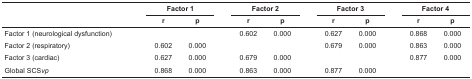
<table><thead><tr><td></td><td colspan="2"><b>Factor 1</b></td><td></td><td colspan="2"><b>Factor 2</b></td><td></td><td colspan="2"><b>Factor 3</b></td><td></td><td colspan="2"><b>Factor 4</b></td></tr><tr><td></td><td><b>r</b></td><td><b>p</b></td><td></td><td><b>r</b></td><td><b>p</b></td><td></td><td><b>r</b></td><td><b>p</b></td><td></td><td><b>r</b></td><td><b>p</b></td></tr></thead><tbody><tr><td>Factor 1 (neurological dysfunction)</td><td></td><td></td><td></td><td>0.602</td><td>0.000</td><td></td><td>0.627</td><td>0.000</td><td></td><td>0.868</td><td>0.000</td></tr><tr><td>Factor 2 (respiratory)</td><td>0.602</td><td>0.000</td><td></td><td></td><td></td><td></td><td>0.679</td><td>0.000</td><td></td><td>0.863</td><td>0.000</td></tr><tr><td>Factor 3 (cardiac)</td><td>0.627</td><td>0.000</td><td></td><td>0.679</td><td>0.000</td><td></td><td></td><td></td><td></td><td>0.877</td><td>0.000</td></tr><tr><td> Global SCS<i>vp</i></td><td>0.868</td><td>0.000</td><td></td><td>0.863</td><td>0.000</td><td></td><td>0.877</td><td>0.000</td><td></td><td></td><td></td></tr></tbody></table>